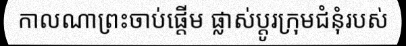
កាលណាព្រះចាប់ផ្តើម ផ្លាស់ប្តូរក្រុមជំនុំរបស់